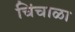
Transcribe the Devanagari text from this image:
चिंचाळा